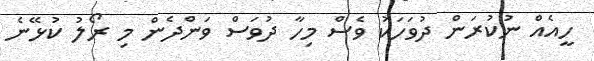
ހީއެއް ނުކުރަން ދުވަހަކު ވެސް މިހާ ދުވަސް ވަންދެން މި ރޯލު ކުޅޭނެ